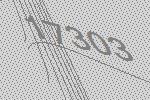
17303